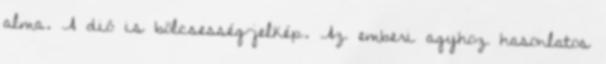
alma. A dió is bölcsesség-jelkép. Az emberi agyhoz hasonlatos